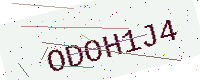
Text: ODOH1J4